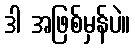
ဒါ အဖြစ်မှန်ပဲ။